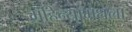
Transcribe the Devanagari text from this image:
महिन्यांमधला